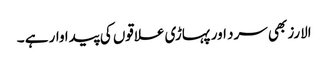
الارز بھی سرد اور پہاڑی علاقوں کی پیدا وار ہے ۔